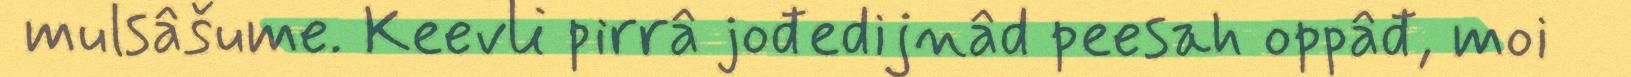
mulsâšume. Keevli pirrâ jođedijnâd peesah oppâđ, moi